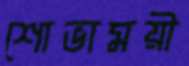
শোভাময়ী